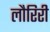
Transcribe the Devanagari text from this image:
लौरिरी